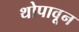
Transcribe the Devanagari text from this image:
थोपावून